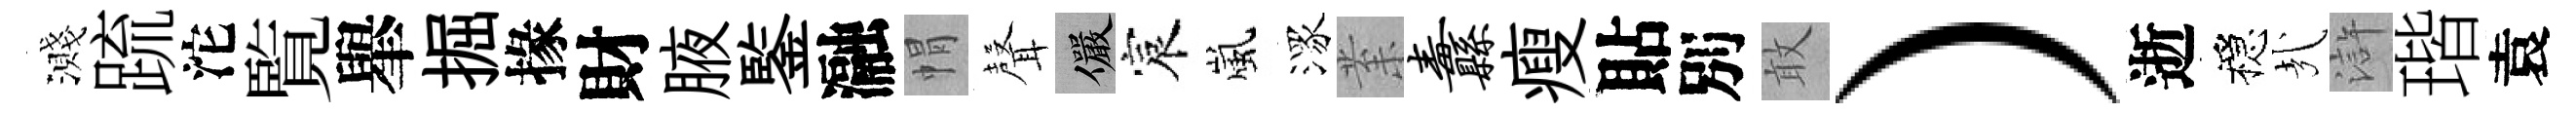
濺䟽沱覧𦦙掘掾財腋鍳瀜㡌𮋻儼宸嵐潈𭪙纛瘦貼別敢）逝穩㢤滸瑎袁